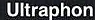
Ultraphon